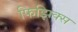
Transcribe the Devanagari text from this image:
फिझिक्स